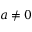
a \neq 0